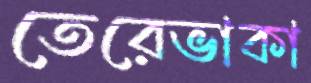
তেরেভাকা